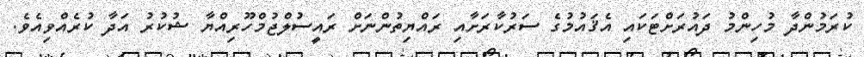
ކުރަމުންދާ މުހިންމު ދައުރަށްޓަކައި އެޤައުމުގެ ސަރުކާރަށާއި ރައްޔިތުންނަށް ރައީސުލްޖުމްހޫރިއްޔާ ޝުކުރު އަދާ ކުރެއްވިއެވެ.